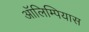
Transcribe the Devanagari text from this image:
ऑलिम्पियास